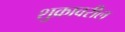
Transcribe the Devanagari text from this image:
शुक्रावरील